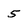
Character: 5